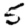
Digit: 5